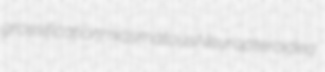
grossification miasmatous Neuropteroidea